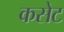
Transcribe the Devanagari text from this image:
कसेट